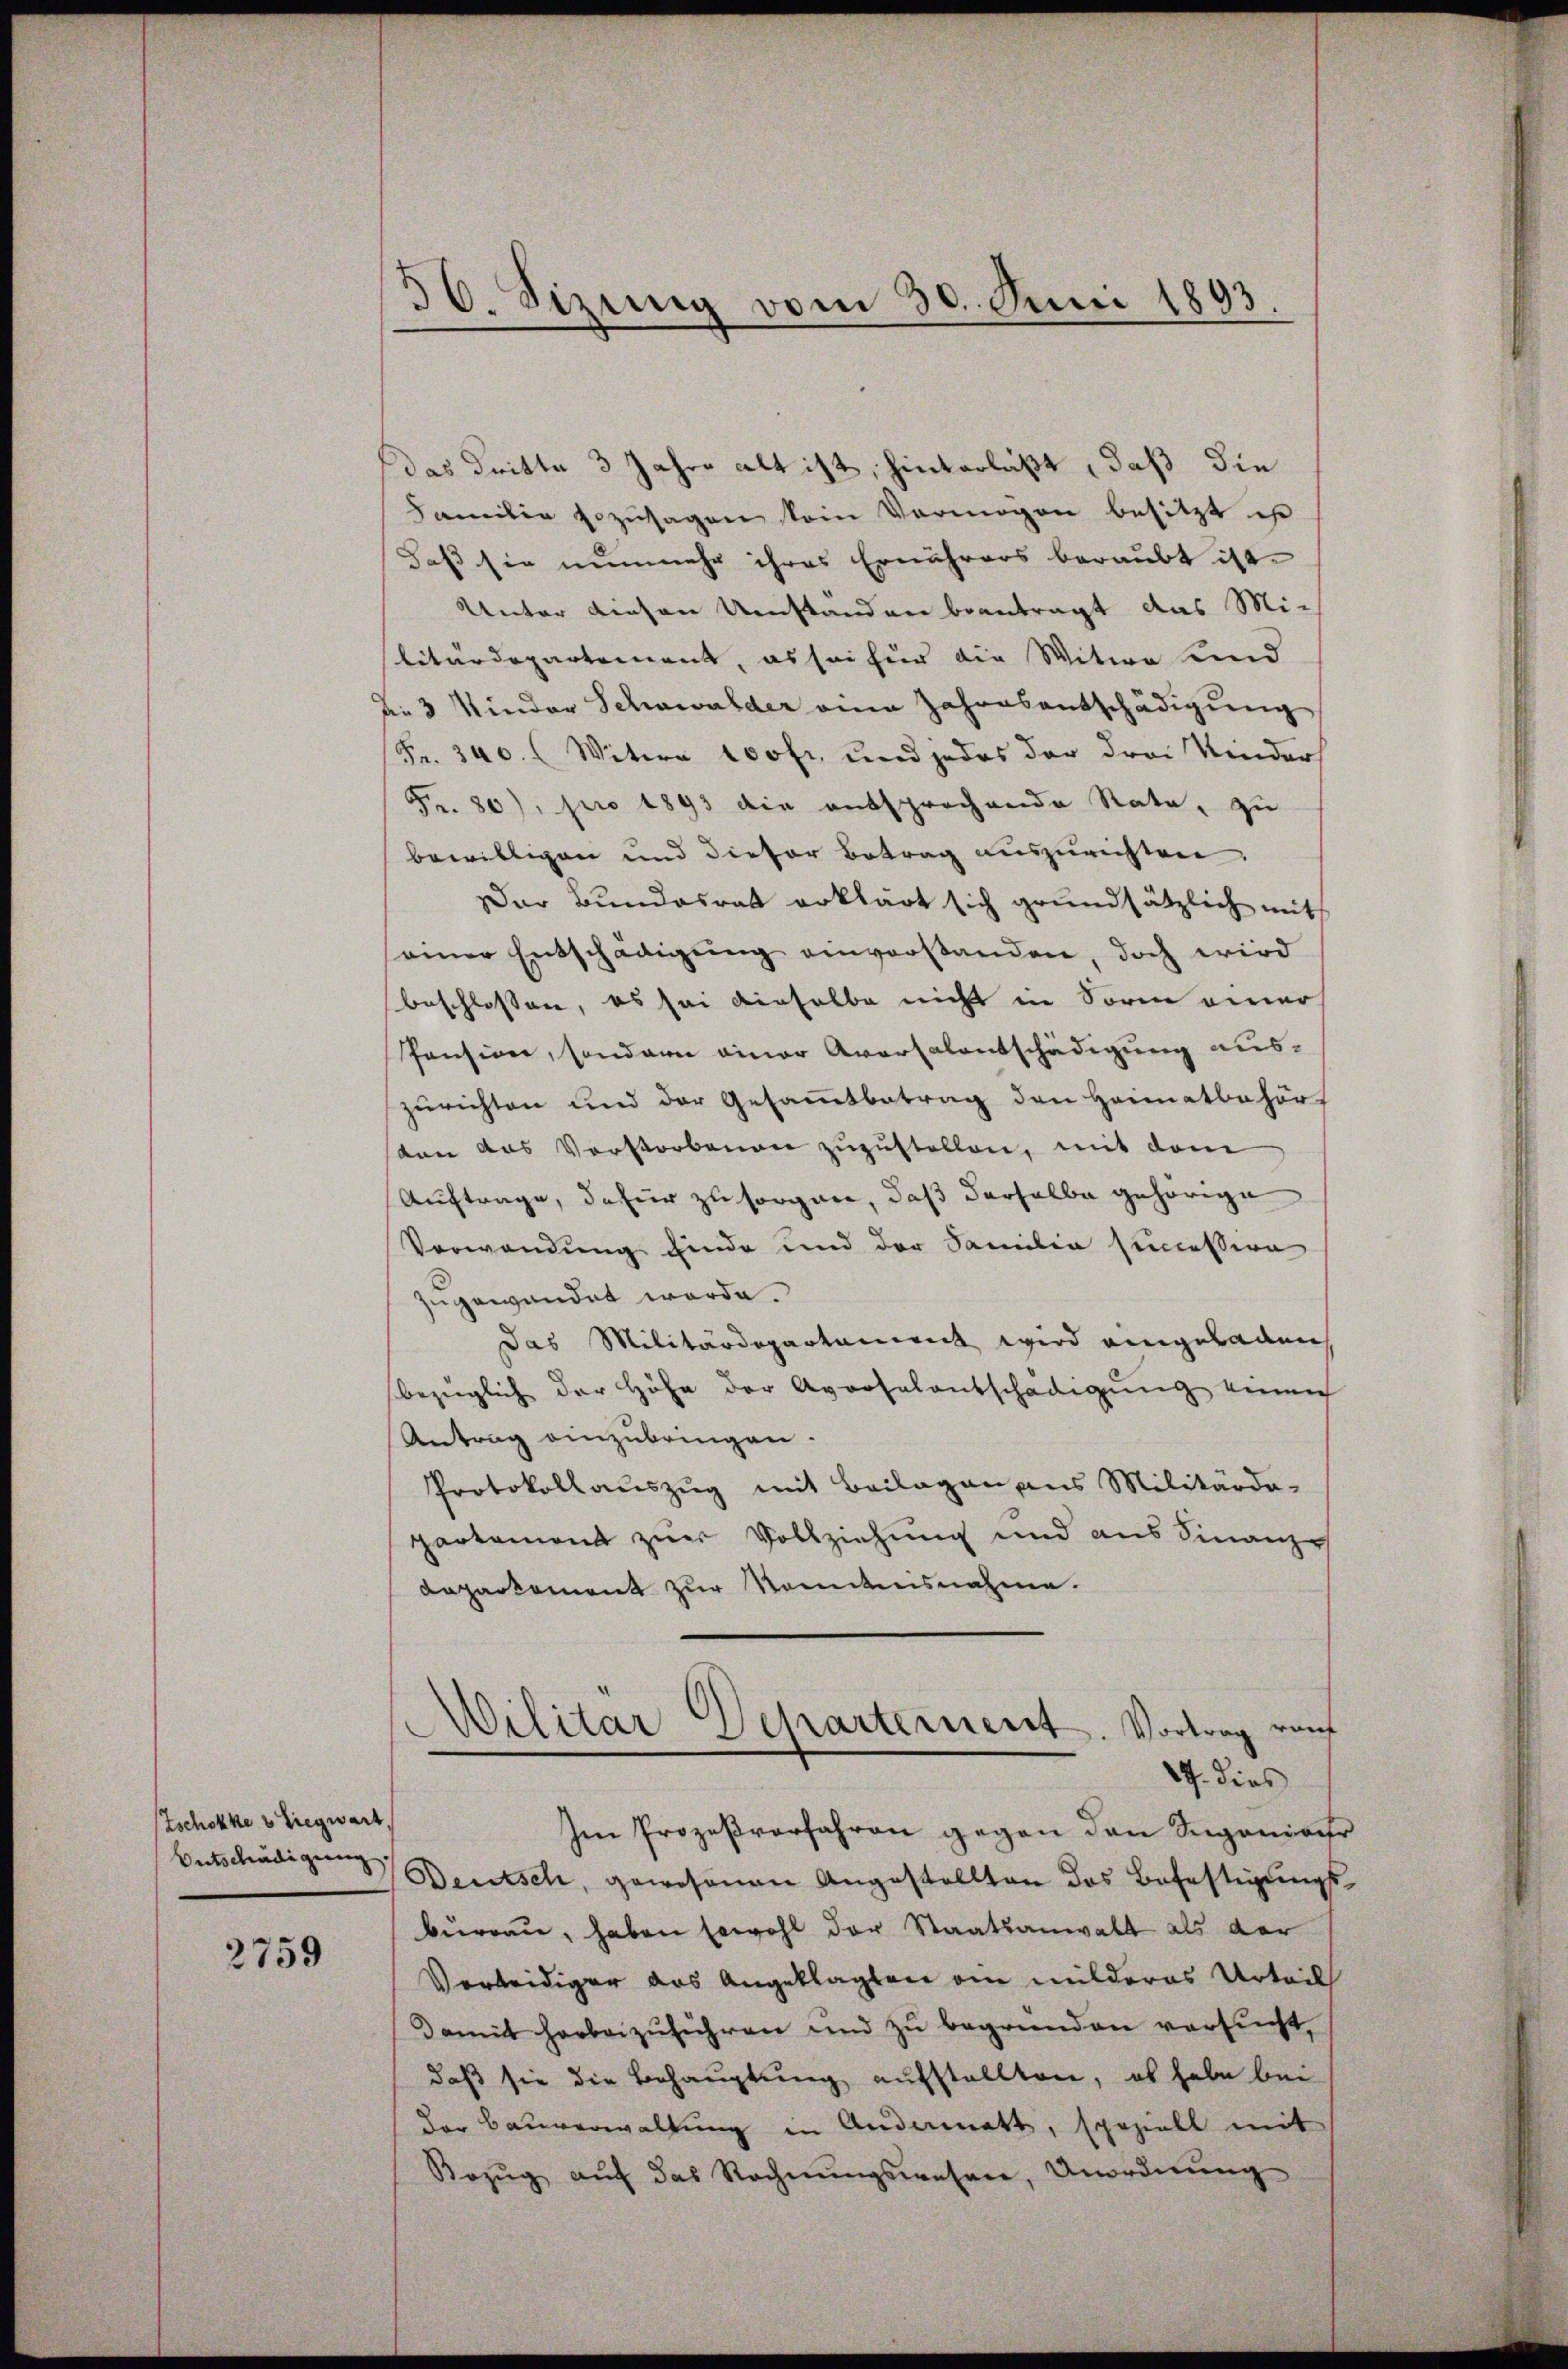
Tschokke v Siegwart,
Entschädigung

2759

¬
36. Sizung vom 30. Juni 1893.

das Dritte 3 Jahre alt ist, hinterläßt, daß die
Familie sozusagen kein Vermögen besitzt ist
daß sie nunmehr ihres Ernährers beraubt ist.
Unter diesen Umstanden beantragt das Mi-
litärdepartement, es sei für die Witwe sind
Die 3 Minder Schwalder eine Jahresentschädigung
(Fr. 340. (Witwe 100fr. und jedes der drei Kinder
Fr. 80), pro 1893 die entsprochende Rate, zu
bewilligen und dieser Betrag auszurichten.
Der Bundesrat erklärt sich grundsätzlich mit
seiner Entschädigung einverstanden, doch wird
beschlossen, es sei dieselbe nicht in Sorm einer
Pension, sondern einer Aversalentschädigung auszurichten und der Gesamtbetrag den Heimatbehört
sten aus Verstorbenen zŭzŭstellen, mit dem
Auftrage, dafür zu sorgane, daß derselbe gehörige
Verwendung finde und der Familie sincession
zugewandet werde.
Das Militärdepartement wird eingeladen
bezüglich der Höhe der Aversalentschädigung einen
Antrag einzubringen.
Protokollauszug mit Beilagen aus Militärda-
partement zur Vollziehung und aus Finanz¬
Dapartement zur Kenntnisnahme.

Im Prozeßvorfahren gegen den Spaniaer
Deutsch, gewesenen Angestellten das Befestigungs-
büreau, haben sowohl der Staatsanwalt als der
Verleidiger das Angeklagten am milderes Urteil
Damit herbeizuführen und zu begründen versucht,
daß sie die Behauptung aufstellten, es habe bei
der Bauverwaltung in Andermatt, speziell mit
Bezŭg aŭf das Rechnŭngswesen, Unordnŭng

Wilitär Dcharternent. Vortrag rauf
17. dies